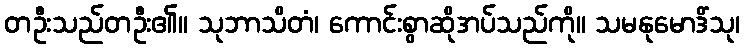
တဦးသည်တဦး၏။ သုဘာသိတံ၊ ကောင်းစွာဆိုအပ်သည်ကို။ သမနုမောဒိံသု၊